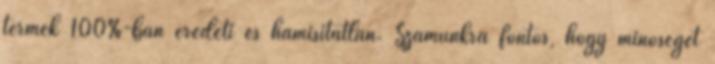
termék 100%-ban eredeti és hamisítatlan. Számunkra fontos, hogy minőséget